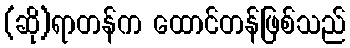
(ဆို)ရာတန်က ထောင်တန်ဖြစ်သည်